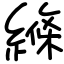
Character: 縧